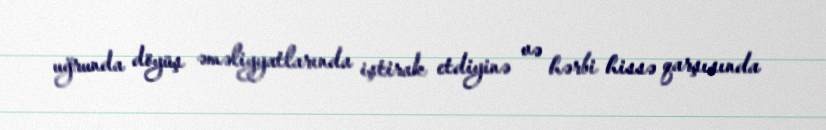
uğrunda döyüş əməliyyatlarında iştirak etdiyinə və hərbi hissə qarşısında